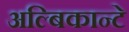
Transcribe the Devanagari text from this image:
अल्बिकान्टे